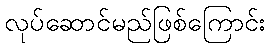
လုပ်ဆောင်မည်ဖြစ်ကြောင်း